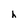
Character: h